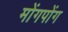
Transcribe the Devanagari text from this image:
मोंगपोंग